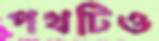
পথটিও